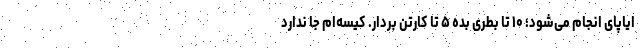
ایاپای انجام می‌شود؛ ۱۰ تا بطری بده ۵ تا کارتن بردار. کیسه‌ام جا ندارد